Senior Leaving Certificate Examination (including Day School Certificate (Higher) General paper), 1948
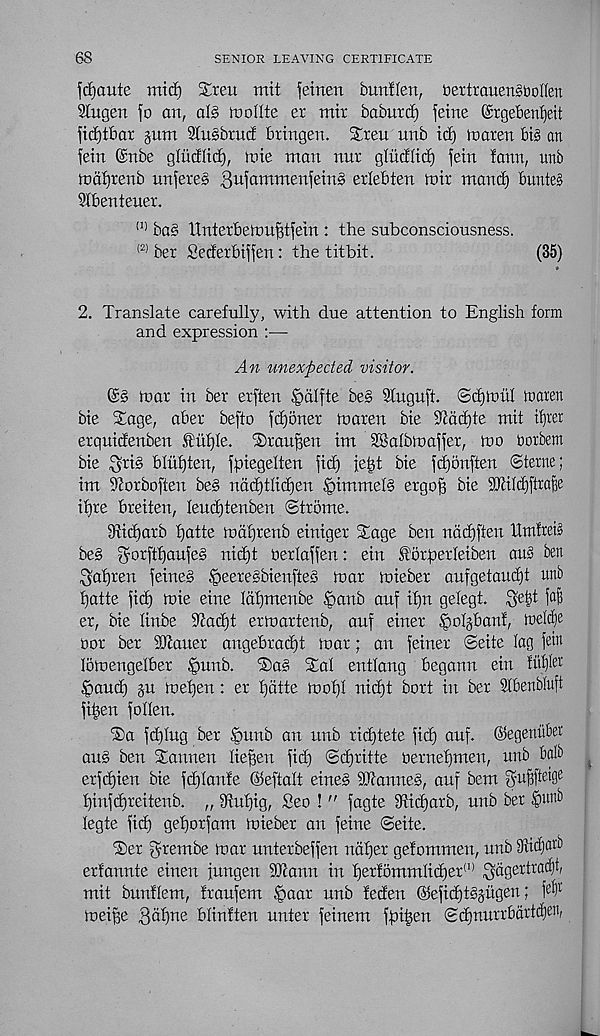
68
SENIOR LEAVING CERTIFICATE
jcijaute mid) £teu mit fetnen bunffen, bertrauenSboIIen
2tugen fo an, alb tnoUte er mir baburd) fetne (Stgebertfjeit
fidjtbar gum Slusbxud bringen. Sren unb id) inaren bis an
fein ©nbe gliidlid), luie man nut gliidUd) fein lann, unb
md^renb unfereg 3 u i6 mmeil i e^n^ erlebten mir maud) bunted
Slbentener.
(1) bag ttnterbemufstfein : the subconsciousness.
(2) ber Sederbiffen: the titbit.
(35)
2. Translate carefully, with due attention to English form
and expression —
An unexpected visitor.
@g mar in ber erften §dlfte beg Sfnguft. ©djmitl inaren
bie Sage, aber befto fd)6ner maren bie 3cad)te mit iljrer
erqnidenben f ufjle. Srau^en im Sgafbmaffer, mo borbem
bie ^rig bluf)ten, fpiegelten fid) ielgt bie fdjonften Sterne;
im 9iorboften beg ndd)tlid)en .‘oimmetg ergof) bie 9JtiId)ftraBe
ifjre breiten, Ieud)tenben ©trome.
9tid)arb fjatte mafjrenb einiger Sage ben ndd)ffeu tlmfrei»
beg ^orftfjaufeg nid)t berlaffen: ein .forperleiben au§ ben
^afjren feineg ipeeregbienfteg mar mieber aufgetaudjt unb
batte fid) mie eine (dt)menbe §anb auf ifjn gelegt. Sett faf;
er, bie linbe 9tad)t ermartenb, anf einer ^olgbanf, wW
nor ber iDtauer angebrad)t mar; an feiner ©eite lag fetn
lomengelber §unb. Sag Sal entlang begann ein tut)fer
§aud) gu mefjen: er f)atte mof)l nid)t bort in ber Slbenbluft
fitien follen.
Sa fd)Ing ber |mnb an unb ridjtete fid) auf. ©egeuuber
aug ben Sannen lieffen fid) ©djritte bernefjmen, unb balb
erfd)ien bie fdjlanfe ©eftalt eineg SSKanneg, auf bem
fjinfdjreitenb. „ 9tuf)ig, Seo ! " fagte 3Hd)arb, unb ber §unb
legte fid) gefjorfam mieber an feine ©eite.
Ser grembe mar unterbeffen ndf)er gefommen, unb iRi^w'b
erfannte einen jungen SJcann in f)erfbmmlid)er (1) $dgertracf)t,
mit bunflem, fraufem §aar unb feden @efid)tggugen; W
meiBe 3at) ne blinften unter feinem ffoi^en ©dfnurrbdrtcfjen,